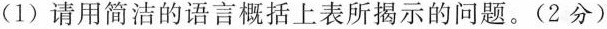
(1)请用简洁的语言概括上表所揭示的问题。(2分)